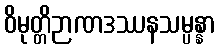
ဝိမုတ္တိဉာဏဒဿနသမ္ပန္နာ